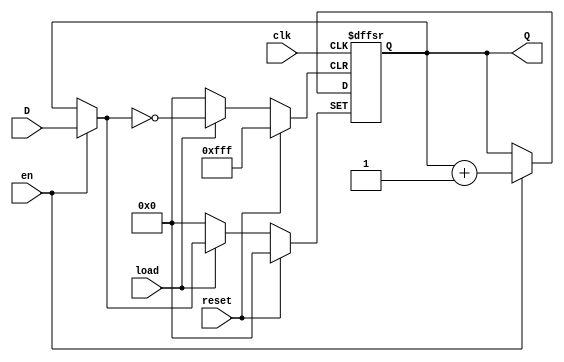
module Counter12Bit(
	input [11:0] D,
	input load,
	input en,
	input clk,
	input reset,
	output reg [11:0] Q
);

	initial begin
		Q <= 12'h000;
	end
	
	always @(posedge clk or posedge load or posedge reset)
	begin
		if(reset)
		begin
			Q <= 12'h000;
		end
		else if(load)
		begin
			Q <= en ? D : Q;
		end
		else
		begin
			Q <= en ? Q + 12'h001 : Q;
		end
	end

endmodule